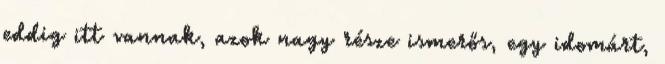
eddig itt vannak, azok nagy része ismerős, egy idomárt,